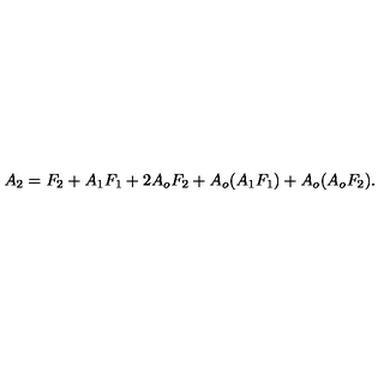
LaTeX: A _ { 2 } = F _ { 2 } + A _ { 1 } F _ { 1 } + 2 A _ { o } F _ { 2 } + A _ { o } ( A _ { 1 } F _ { 1 } ) + A _ { o } ( A _ { o } F _ { 2 } ) .